Report of the King Institute of Preventive Medicine, Guindy
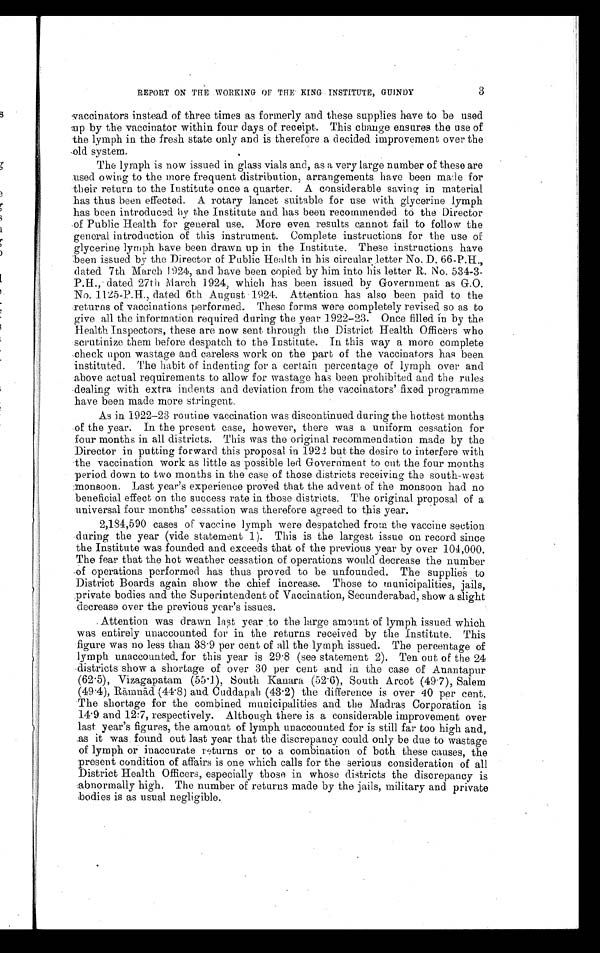
3
REPORT ON THE WORKING OF THE KING INSTITUTE, GUINDY
vaccinators instead of three times as formerly and these supplies have to be used
up by the vaccinator within four days of receipt. This change ensures the use of
the lymph in the fresh state only and is therefore a decided improvement over the
old system.
The lymph is now issued in glass vials and, as a very large number of these are
used owing to the more frequent distribution, arrangements have been made for
their return to the Institute once a quarter. A considerable saving in material
has thus been effected. A rotary lancet suitable for use with glycerine lymph
has been introduced by the Institute and has been recommended to the Director
of Public Health for general use. More even results cannot fail to follow the
general introduction of this instrument. Complete instructions for the use of
glycerine lymph have been drawn up in the Institute. These instructions have
been issued by the Director of Public Health in his circular letter No. D. 66-P.H.,
dated 7th March 1924, and have been copied by him into his letter R. No. 534-3-
P.H., dated 27th March 1924, which has been issued by Government as G.O.
No. 1125-P.H., dated 6th August 1924. Attention has also been paid to the
returns of vaccinations performed. These forms were completely revised so as to
give all the information required during the year 1922-23. Once filled in by the
Health Inspectors, these are now sent through the District Health Officers who
scrutinize them before despatch to the Institute. In this way a more complete
check upon wastage and careless work on the part of the vaccinators has been
instituted. The habit of indenting for a certain percentage of lymph over and
above actual requirements to allow for wastage has been prohibited and the rules
dealing with extra indents and deviation from the vaccinators' fixed programme
have been made more stringent.
As in 1922-23 routine vaccination was discontinued during the hottest months
of the year. In the present case, however, there was a uniform cessation for
four months in all districts. This was the original recommendation made by the
Director in putting forward this proposal in 1922 but the desire to interfere with
the vaccination work as little as possible led Government to cut the four months
period down to two months in the case of those districts receiving the south-west
monsoon. Last year's experience proved that the advent of the monsoon had no
beneficial effect on the success rate in those districts. The original proposal of a
universal four months' cessation was therefore agreed to this year.
2,184,590 cases of vaccine lymph were despatched from the vaccine section
during the year (vide statement 1). This is the largest issue on record since
the Institute was founded and exceeds that of the previous year by over 104,000.
The fear that the hot weather cessation of operations would decrease the number
of operations performed has thus proved to be unfounded. The supplies to
District Boards again show the chief increase. Those to municipalities, jails,
private bodies and the Superintendent of Vaccination, Secunderabad, show a slight
decrease over the previous year's issues.
Attention was drawn last year to the large amount of lymph issued which
was entirely unaccounted for in the returns received by the Institute. This
figure was no less than 38.9 per cent of all the lymph issued. The percentage of
lymph unaccounted for this year is 29.8 (see statement 2). Ten out of the 24
districts show a shortage of over 30 per cent and in the case of Anantapur
(62.5), Vizagapatam (55.1), South Kanara (52.6), South Arcot (49.7), Salem
(49.4), R āmnā d (44.8) and Cuddapah (43.2) the difference is over 40 per cent.
The shortage for the combined municipalities and the Madras Corporation is
14.9 and 12:7, respectively. Although there is a considerable improvement over
last year's figures, the amount of lymph unaccounted for is still far too high and,
as it was found out last year that the discrepancy could only be due to wastage
of lymph or inaccurate returns or to a combination of both these causes, the
present condition of affairs is one which calls for the serious consideration of all
District Health Officers, especially those in whose districts the discrepancy is
abnormally high. The number of returns made by the jails, military and private
bodies is as usual negligible.